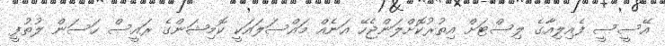
އޭސީސީ ފެއިލިއާގެ ލިސްޓަށް އިތުރުކޮށްލަންޖެހޭ އަނެއް މައްސަލައަކީ ކޮމިޝަންގެ ރައީސް ހަސަން ލުތުފީ